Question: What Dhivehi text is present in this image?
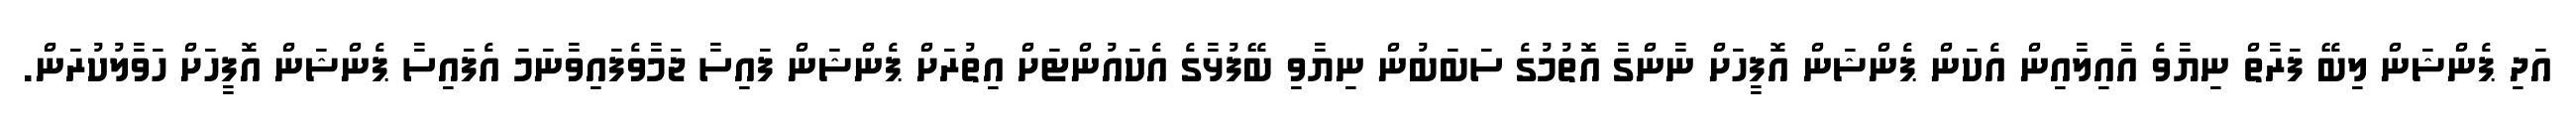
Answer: އަދި ޕެންޝަން ލިބޭ ފަރާތް ނިޔާވެ އާއިލާއިން އެކަން ޕެންޝަން އޮފީހަށް ނާންގާ އޮތުމުގެ ސަބަބުން ނިޔާވި ބޭފުޅާގެ އެކައުންޓަށް އިތުރަށް ޕެންޝަން ފައިސާ ޖަމާވެފައިވާނަމަ އެފައިސާ ޕެންޝަން އޮފީހަށް ހަވާލުކުރަން.